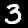
Digit: 3